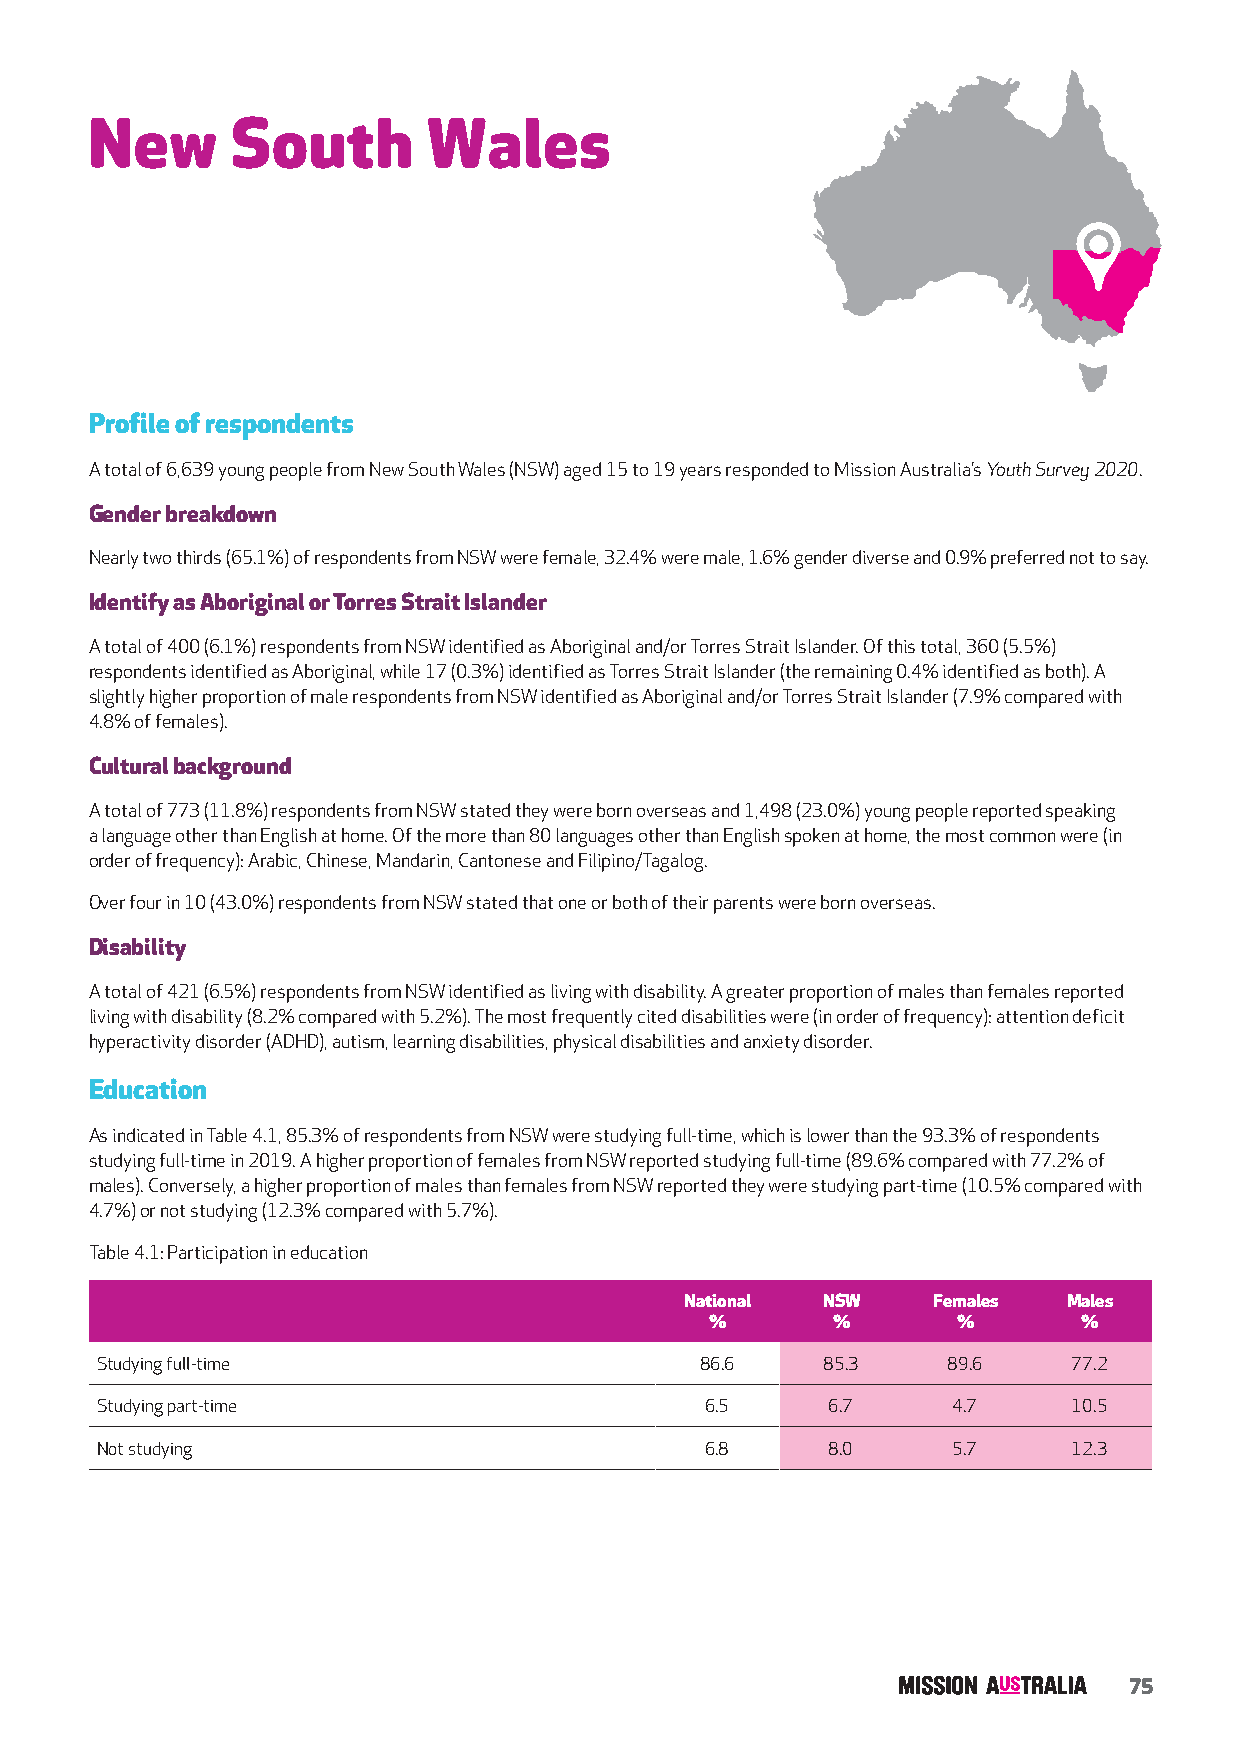
New      South        Wales
 Profile of respondents
 A total of 6,639 young people from New South Wales (NSW) aged 15 to 19 years responded to Mission Australia’s Youth Survey 2020.
 Gender breakdown
 Nearly two thirds (65.1%) of respondents from NSW were female, 32.4% were male, 1.6% gender diverse and 0.9% preferred not to say.
 Identify as Aboriginal or Torres Strait Islander
 A total of 400 (6.1%) respondents from NSW identified as Aboriginal and/or Torres Strait Islander. Of this total, 360 (5.5%)
 respondents identified as Aboriginal, while 17 (0.3%) identified as Torres Strait Islander (the remaining 0.4% identified as both). A
 slightly higher proportion of male respondents from NSW identified as Aboriginal and/or Torres Strait Islander (7.9% compared with
 4.8% of females).
 Cultural background
 A total of 773 (11.8%) respondents from NSW stated they were born overseas and 1,498 (23.0%) young people reported speaking
 a language other than English at home. Of the more than 80 languages other than English spoken at home, the most common were (in
 order of frequency): Arabic, Chinese, Mandarin, Cantonese and Filipino/Tagalog.
 Over four in 10 (43.0%) respondents from NSW stated that one or both of their parents were born overseas.
 Disability
 A total of 421 (6.5%) respondents from NSW identified as living with disability. A greater proportion of males than females reported
 living with disability (8.2% compared with 5.2%). The most frequently cited disabilities were (in order of frequency): attention deficit
 hyperactivity disorder (ADHD), autism, learning disabilities, physical disabilities and anxiety disorder.
 Education
 As indicated in Table 4.1, 85.3% of respondents from NSW were studying full-time, which is lower than the 93.3% of respondents
 studying full-time in 2019. A higher proportion of females from NSW reported studying full-time (89.6% compared with 77.2% of
 males). Conversely, a higher proportion of males than females from NSW reported they were studying part-time (10.5% compared with
 4.7%) or not studying (12.3% compared with 5.7%).
 Table 4.1: Participation in education
 National NSW     Females  Males
 %       %       %        %
 Studying full-time                      86.6     85.3    89.6    77.2
 Studying part-time                       6.5     6.7     4.7     10.5
 Not studying                             6.8     8.0     5.7     12.3
 75